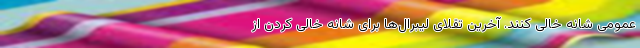
عمومی شانه خالی کنند. آخرین تقلای لیبرال‌ها برای شانه خالی کردن از